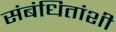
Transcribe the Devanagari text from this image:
संबंधितांशी